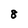
Character: 8